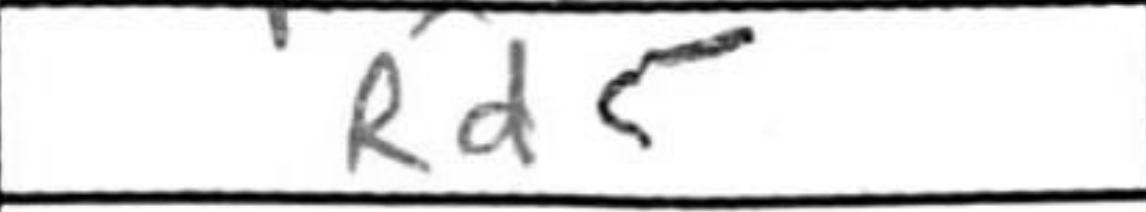
Transcription: Rd5